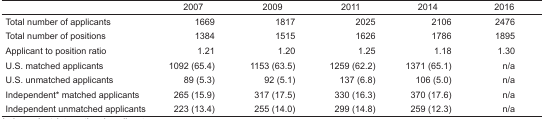
|  | 2007 | 2009 | 2011 | 2014 | 2016 |
 | --- | --- | --- | --- | --- | --- |
 | Total number of applicants | 1669 | 1817 | 2025 | 2106 | 2476 |
 | Total number of positions | 1384 | 1515 | 1626 | 1786 | 1895 |
 | Applicant to position ratio | 1.21 | 1.20 | 1.25 | 1.18 | 1.30 |
 | U.S. matched applicants | 1092 (65.4) | 1153 (63.5) | 1259 (62.2) | 1371 (65.1) | n/a |
 | U.S. unmatched applicants | 89 (5.3) | 92 (5.1) | 137 (6.8) | 106 (5.0) | n/a |
 | Independent* matched applicants | 265 (15.9) | 317 (17.5) | 330 (16.3) | 370 (17.6) | n/a |
 | Independent unmatched applicants | 223 (13.4) | 255 (14.0) | 299 (14.8) | 259 (12.3) | n/a |